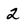
Character: 2